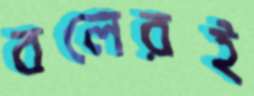
বলেরই